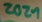
Text: 2021